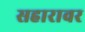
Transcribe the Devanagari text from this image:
सहारावर